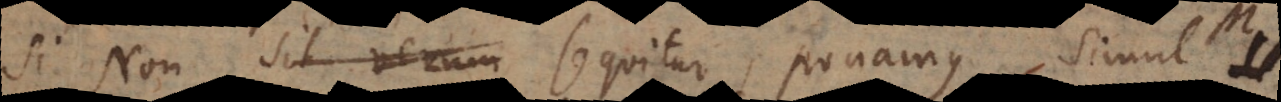
Si Non sit verum sequitur, ponamus simul